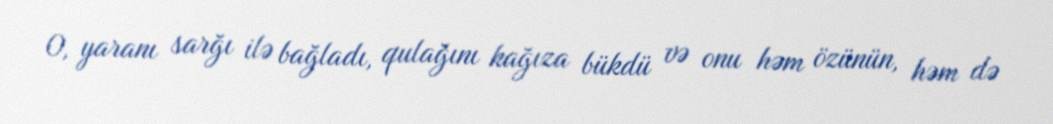
O, yaranı sarğı ilə bağladı, qulağını kağıza bükdü və onu həm özünün, həm də